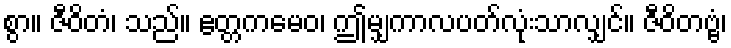
စွာ။ ဇီဝိတံ၊ သည်။ ဧတ္တကမေဝ၊ ဤမျှကာလပတ်လုံးသာလျှင်။ ဇီဝိတဗ္ဗံ၊